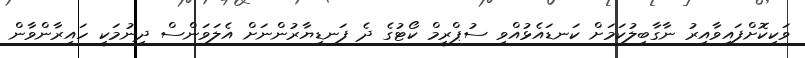
ވަކިކޮށްފައިވާއިރު ނާގާބިލުކަމަށް ކަނޑައެޅުއްވި ސުޕްރީމް ކޯޓުގެ ދެ ފަނޑިޔާރުންނަށް އެލަވަންސް ދިނުމަކީ ހައިރާންވާން